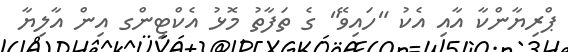
ޕްރިޔާންކާ އާއި އެކު "ހައިވޭ" ގެ ތަފާތު މޮޅު އެކްޓިންގ އިން އާލިޔާ